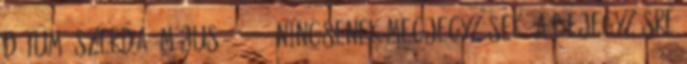
dátum: szerda, május 25, 2011 Nincsenek megjegyzések: A bejegyzésre